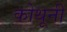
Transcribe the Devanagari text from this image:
कोथूनी